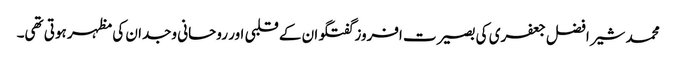
محمد شیر افضل جعفری کی بصیرت افروز گفتگو ان کے قلبی اور روحانی وجدان کی مظہر ہوتی تھی۔